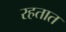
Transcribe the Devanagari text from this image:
रहतात